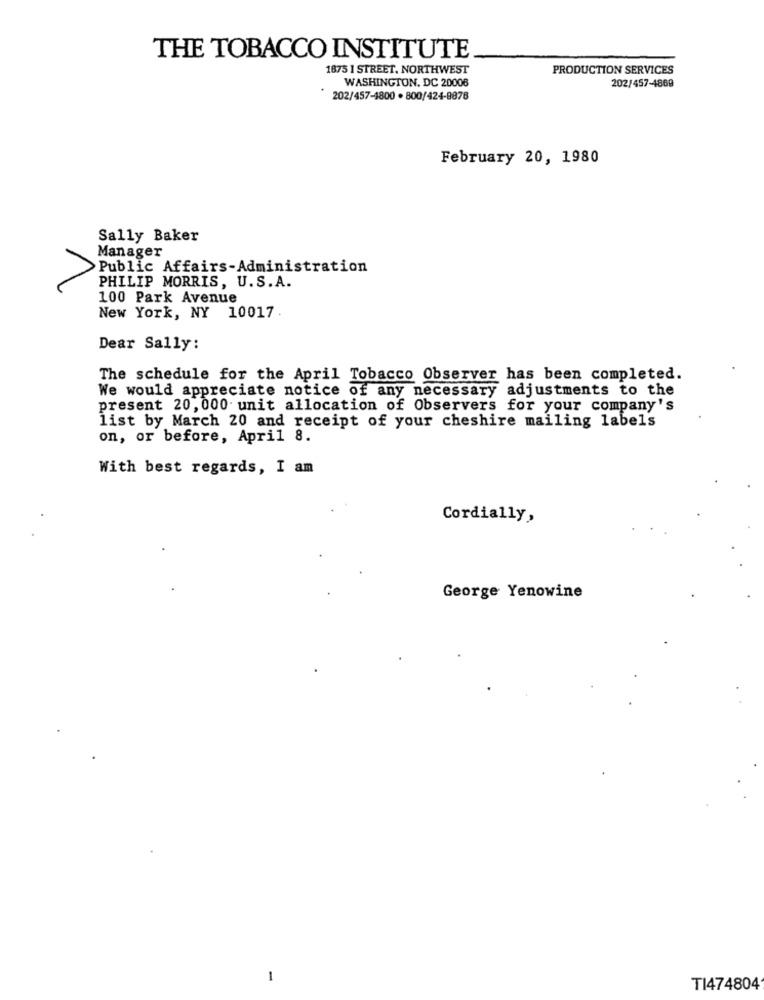
THE TOBACCO INSTITUTE
1875 1 STREET, NORTHWEST
PRODUCTION SERVICES
WASHINGTON, DC 20008
202/457-4869
202/457-4800 . 800/424-8876
February 20, 1980
Sally Baker
Manager
>Public Affairs-Administration
PHILIP MORRIS, U.S.A.
100 Park Avenue
New York, NY 10017
Dear Sally:
The schedule for the April Tobacco Observer has been completed.
We would appreciate notice of any necessary adjustments to the
present 20, 000 unit allocation of Observers for your company's
list by March 20 and receipt of your cheshire mailing labels
on, or before, April 8.
With best regards, I am
Cordially,
George Yenowine
-
TI474804